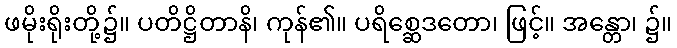
ဖမိုးရိုးတို့၌။ ပတိဋ္ဌိတာနိ၊ ကုန်၏။ ပရိစ္ဆေဒတော၊ ဖြင့်။ အန္တော၊ ၌။